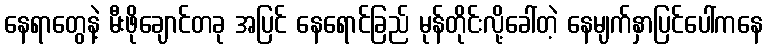
နေရာတွေနဲ့ မီးဖိုချောင်တခု အပြင် နေရောင်ခြည် မုန်တိုင်းလို့ခေါ်တဲ့ နေမျက်နှာပြင်ပေါ်ကနေ